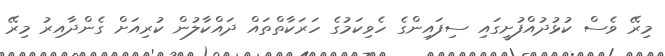
މިރޭ ވެސް ކުޅުދުއްފުށީގައި ސިފައިންގެ ހެވިކަމުގެ ހަރަކާތްތައް ދައްކާލުން ކުރިއަށް ގެންދާއިރު މިރޭ